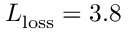
L _ { \mathrm { l o s s } } = 3 . 8